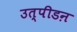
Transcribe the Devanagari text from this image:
उत्पीडऩ